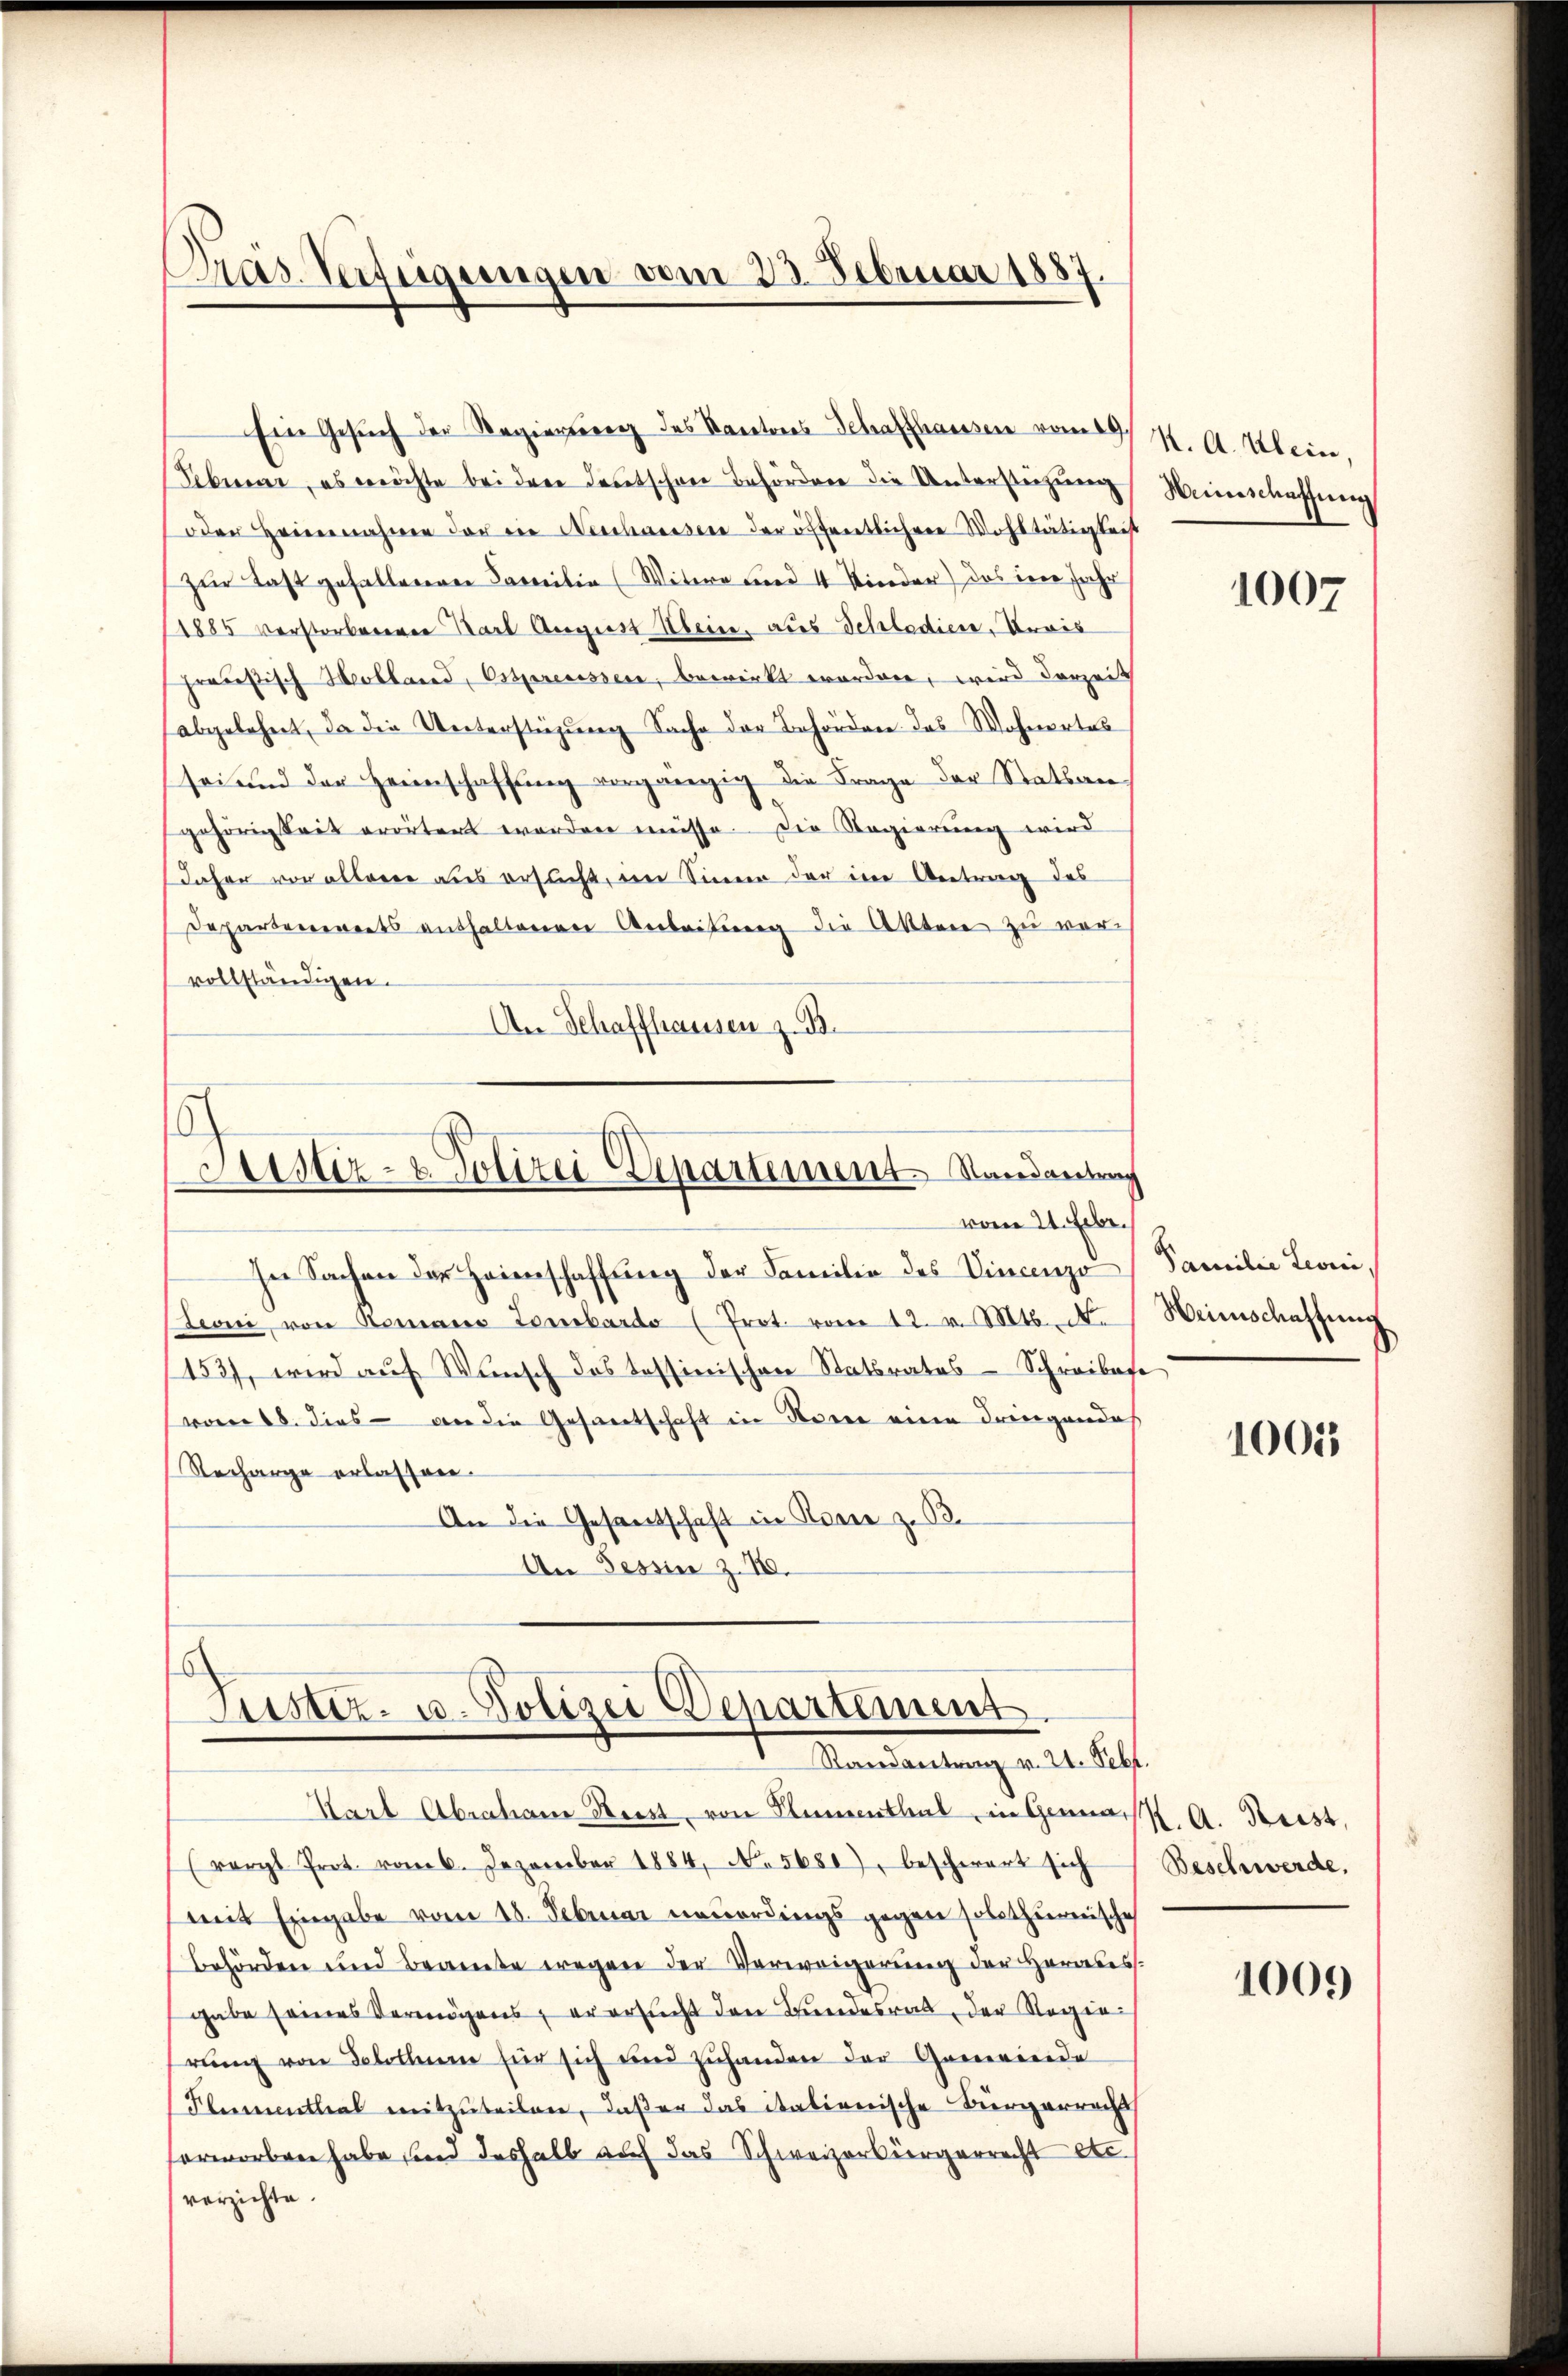
Präs. Verfügungen vom 23. Februar 1887.

Ein Gesŭch der Regierung des Kantons-Schaffhausen vom 19.
Februar, es möchte bei der deutschen Behörden die Unterstehung
oder Heinnahme der die Neschausen der öffentlichere Wohltätigteist
zur Last gefallenen Familie (Witwe und 4 Kinder) das in Jahr
1885 verstorbenenen Karl August Klein, aus Schladien, Revis
praesisch Holland, Ossprecessen, bewirkt worden, wird derzeit
abgelehnt, da die Unterstüzung Sache der Behörden das Wohnertes
sei und der Heimschaffung vorgängig die Frage der Statsangehörigkeit erörtert worden müsse. Die Regierung wird
daher vor allerer aus ersucht, im Sinne der im Antrag des
Departenereits enthaltenen Arbeitung die Akten zu vervollständigen.
An Schaffhausen z. B.

Justiz- & Polizei Departement Randantung
vom 24. Febr.

Justiz- u. Polizei Departement.
Randantrag v. 24. Sebt.

K. A. Klein,
Heinschaffung

hee Sachen der Heinschaftung der Familie des Vincenzo
Leoni von Romano Lombardo (Prot. vom 12. v. Mts. No. Heimschaftung
153), wird auf Wunsch des Tessinischen Statsrates Schreibese
vom 18. dies an die Gesamtschaft in Seren eine dringendes
Recharge erlassen.
An die Gesandschaft in Romie z. B.
An Tessin z. 18.

Karl Abraham Kiest, von Namenthal, in Gemach. A. Beist,
(rorgt Prot. vom 6. Dezember 1884, N. 5681), beschwert sich
mit Eingabe vom 18. Februar neuerdings gegen solothurnische
Behörden und Beamte wegen der Verweigerung der Herabes.
gabe seines Vermögens, er ersucht den Bundesrat, der Regierŭng von Solothum für sich und zŭhanden der Genermeide
Flumenthal mitzuteilen, daßer das italienische Bürgerracht
erworben habe sind deshalb auf das Schweizerbürgerrecht etc.
verzichte.

1007

Familie Leoni,

1005

Beschwerde,

1009